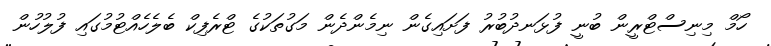
ހޯމް މިނިސްޓްރީން ބުނީ ފުޅަނދުބުރު ފަށައިގެން ނިމެންދެން މަގުތަކުގެ ޓްރެފިކް ބެލެހެއްޓުމުގައި ފުލުހުން